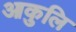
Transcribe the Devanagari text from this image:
आकुलि